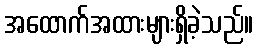
အထောက်အထားများရှိခဲ့သည်။